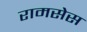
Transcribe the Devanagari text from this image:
रामसेस